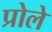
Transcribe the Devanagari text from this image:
प्रोले